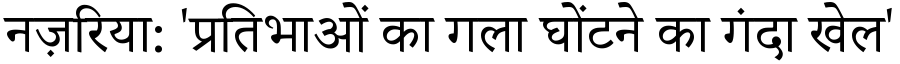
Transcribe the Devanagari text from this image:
नज़रिया: 'प्रतिभाओं का गला घोंटने का गंदा खेल'